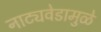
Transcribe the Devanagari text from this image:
नाट्यवेडामुळे